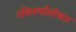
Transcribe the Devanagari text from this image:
रविवर्मांसोबत